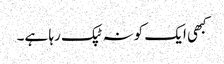
کبھی ایک کونہ ٹپک رہا ہے۔